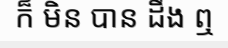
ក៏ មិន បាន ដឹង ឮ